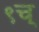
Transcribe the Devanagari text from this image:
९च्